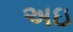
અઇ